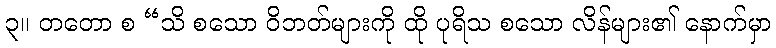
၃။ တတော စ “သိ စသော ဝိဘတ်များကို ထို ပုရိသ စသော လိန်များ၏ နောက်မှာ